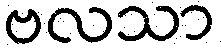
ဗလသာ